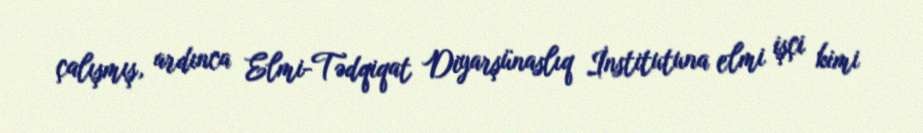
çalışmış, ardınca Elmi-Tədqiqat Diyarşünaslıq İnstitutuna elmi işçi kimi